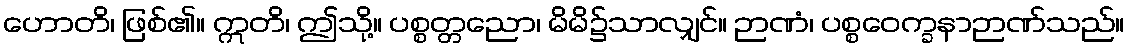
ဟောတိ၊ ဖြစ်၏။ ဣတိ၊ ဤသို့။ ပစ္စတ္တညော၊ မိမိ၌သာလျှင်။ ဉာဏံ၊ ပစ္စဝေက္ခနာဉာဏ်သည်။